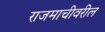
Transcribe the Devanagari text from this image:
राजमाचीवरील